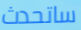
ساتحدث